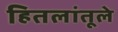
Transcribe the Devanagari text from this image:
हितलांतूले